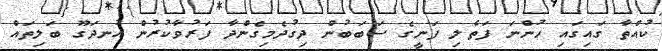
ކުއްތާ ގައިގައި ހުންނަ ފަތެލި ފަނީގެ ސަބަބުން ދިގުދެމިގެންދާ ފަރުވާކުރުން އުނދަގޫ ބަލިތައް